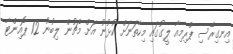
އިނގިރޭސި ޕްރިމިއާ ލީގުގައި މިހާތަނަށް ކުޅުނު އަށް މެޗުން ލިބުނު 12 ޕޮއިންޓާ